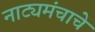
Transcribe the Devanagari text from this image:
नाट्यमंचाचे